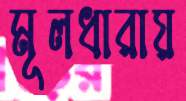
মূলধারায়